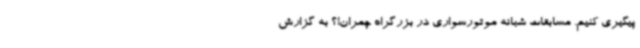
پیگیری کنیم. مسابقات شبانه موتورسواری در بزرگراه چمران!؟ به گزارش